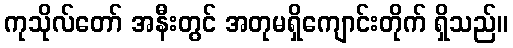
ကုသိုလ်တော် အနီးတွင် အတုမရှိကျောင်းတိုက် ရှိသည်။